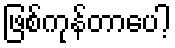
ဖြစ်ကုန်တာပေါ့